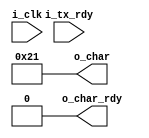
module chargen
	(
		input	i_clk,
		input wire i_tx_rdy,
		output reg [7:0] o_char = 33,
		output reg o_char_rdy = 0
	);
	
	/*
	always @(posedge i_clk)
		begin
			if (i_tx_rdy == 1)
				begin
					if (o_char == 126)
						o_char <= 33;
					else
						o_char <= o_char + 1;
					o_char_rdy = 1;
				end
			else
				o_char_rdy = 0;
		end
	*/
		
endmodule